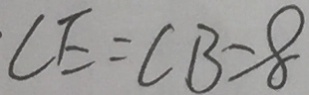
C E = C B = 8